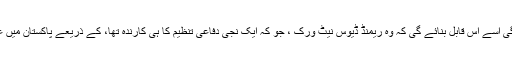
امریکا کی مستقل موجودگی اسے اس قابل بنائے گی کہ وہ ریمنڈ ڈیوس نیٹ ورک ، جو کہ ایک نجی دفاعی تنظیم کا ہی کارندہ تھا، کے ذریعے پاکستان میں عدم استحکام پیدا کرسکے۔